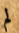
لم